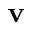
\textbf { v }